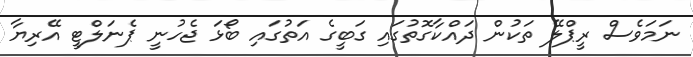
ނަމަވެސް ރީޕްލޭ ތަކުން ދައްކާގޮތުގައި ގަބީގެ އަތުގައި ބޯޅަ ޖެހުނީ ޕެނަލްޓީ އޭރިޔާ